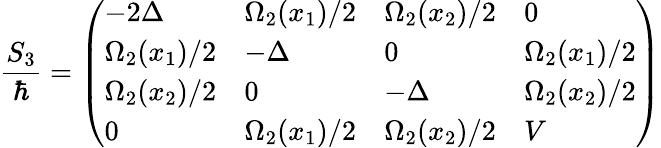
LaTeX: \frac{S_{3}}{\hbar}=\left(\begin{array}{llll}{-2\Delta}&{\Omega_{2}(x_{1})/2}&{\Omega_{2}(x_{2})/2}&{0}\\ {\Omega_{2}(x_{1})/2}&{-\Delta}&{0}&{\Omega_{2}(x_{1})/2}\\ {\Omega_{2}(x_{2})/2}&{0}&{-\Delta}&{\Omega_{2}(x_{2})/2}\\ {0}&{\Omega_{2}(x_{1})/2}&{\Omega_{2}(x_{2})/2}&{V}\end{array}\right)